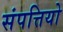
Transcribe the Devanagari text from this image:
संपत्तियो